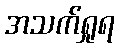
အသက်ရှုရ